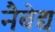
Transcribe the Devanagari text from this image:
नैबेद्य